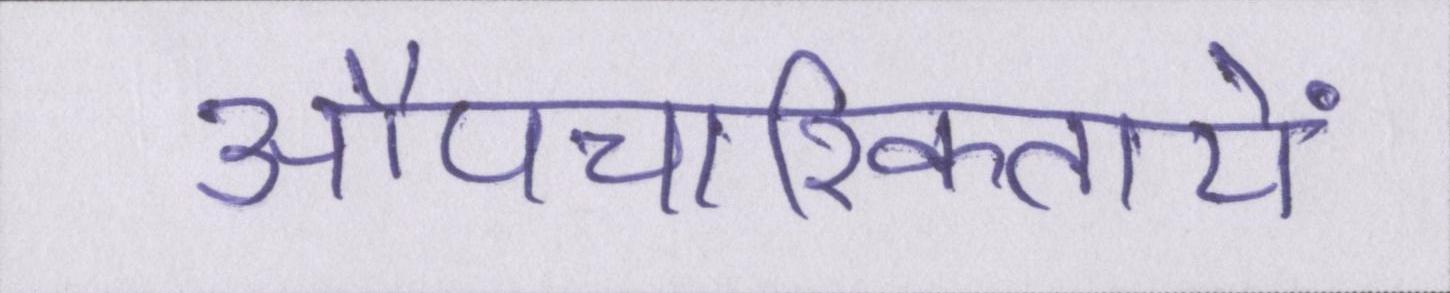
औपचारिकतायें